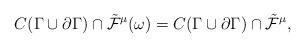
LaTeX: \begin{align*} C(\Gamma\cup\partial\Gamma)\cap\tilde{\cal F}^{\mu}(\omega)= C(\Gamma\cup\partial\Gamma)\cap\tilde{\cal F}^{\mu}, \end{align*}